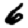
Digit: 6